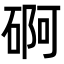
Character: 𮀫